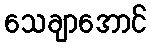
သေချာအောင်